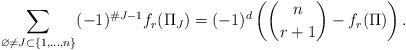
LaTeX: \begin{align*}\sum_{\varnothing\neq J\subset\{1,\ldots,n\}} (-1)^{\#J-1} f_r(\Pi_J) = (-1)^d \left(\binom {n}{r+1} - f_r(\Pi)\right).\end{align*}